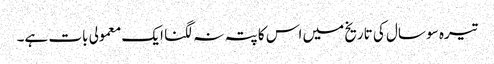
تیرہ سو سال کی تاریخ میں اس کا پتہ نہ لگنا ایک معمولی بات ہے۔